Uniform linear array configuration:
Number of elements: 64
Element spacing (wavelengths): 0.25
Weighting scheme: uniform
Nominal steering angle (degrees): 15
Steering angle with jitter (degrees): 15.432
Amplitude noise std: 0.05
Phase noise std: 0.05

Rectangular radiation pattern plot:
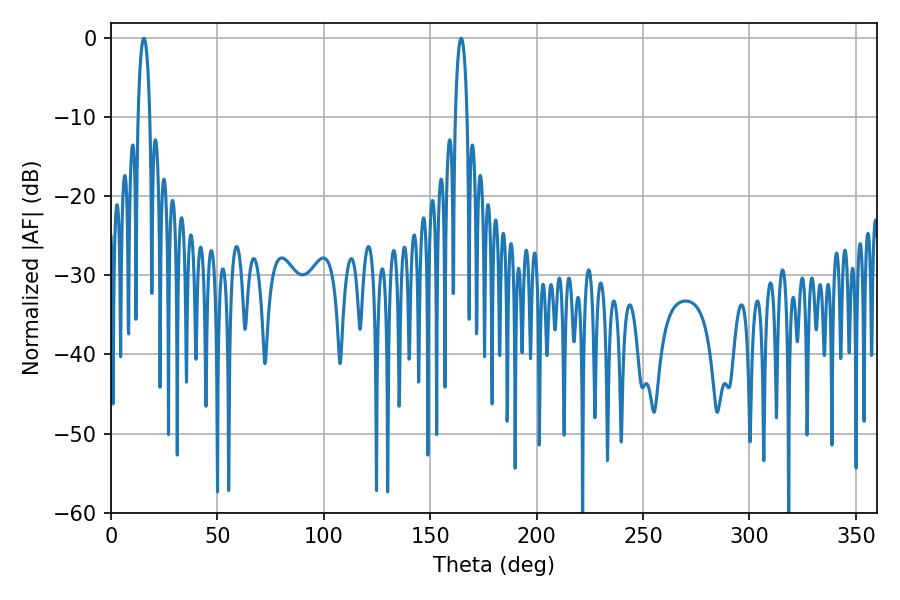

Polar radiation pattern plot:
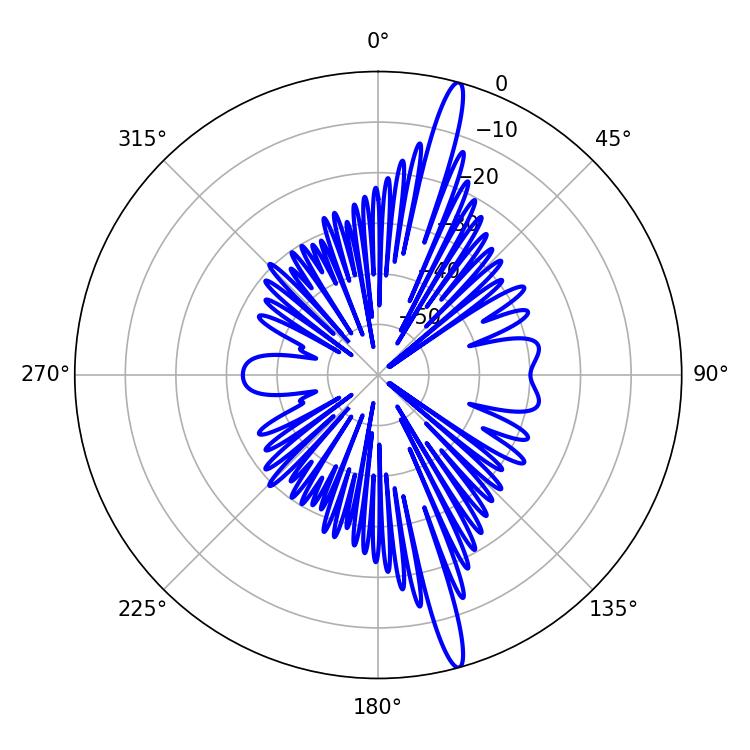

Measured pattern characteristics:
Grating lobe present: FALSE
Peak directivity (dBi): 17.559
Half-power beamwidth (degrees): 3.06
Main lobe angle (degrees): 15.48